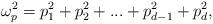
LaTeX: \begin{align*}\omega_p^2=p_1^2+p_2^2+...+p_{d-1}^2+p_d^2,\end{align*}